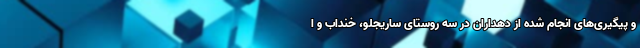
و پیگیری‌های انجام شده از دهداران در سه روستای ساریجلو، خنداب و ا